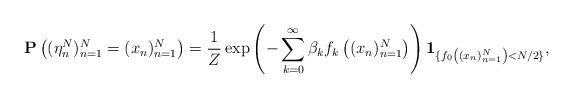
LaTeX: \begin{align*}\mathbf{P}\left((\eta^N_n)_{n=1}^{N}=(x_n)_{n=1}^{N}\right)=\frac{1}{Z}\exp\left(-\sum_{k=0}^\infty\beta_kf_k\left((x_n)_{n=1}^{N}\right)\right)\mathbf{1}_{\{f_0\left((x_n)_{n=1}^{N}\right)<N/2\}},\end{align*}